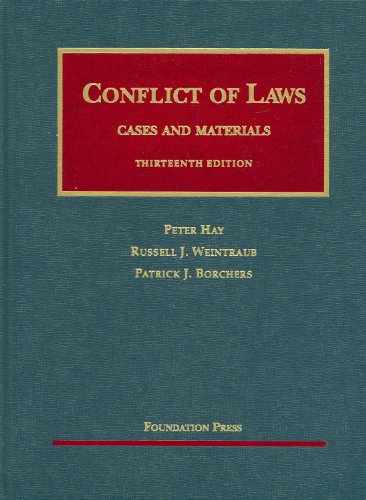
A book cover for Conflict of Laws, Cases and Materials (University Casebooks) (University Casebook Series); Peter Hay; Law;